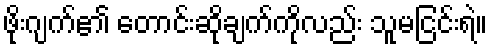
ဖိုးဂျက်၏ တောင်းဆိုချက်ကိုလည်း သူမငြင်းရဲ။